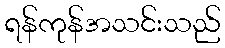
ရန်ကုန်အသင်းသည်